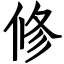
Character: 修